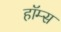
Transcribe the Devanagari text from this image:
हाॅम्स